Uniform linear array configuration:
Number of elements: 12
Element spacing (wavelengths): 0.5
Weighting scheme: kaiser
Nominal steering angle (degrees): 30
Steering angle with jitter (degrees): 31.004
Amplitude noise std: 0.05
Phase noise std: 0.05

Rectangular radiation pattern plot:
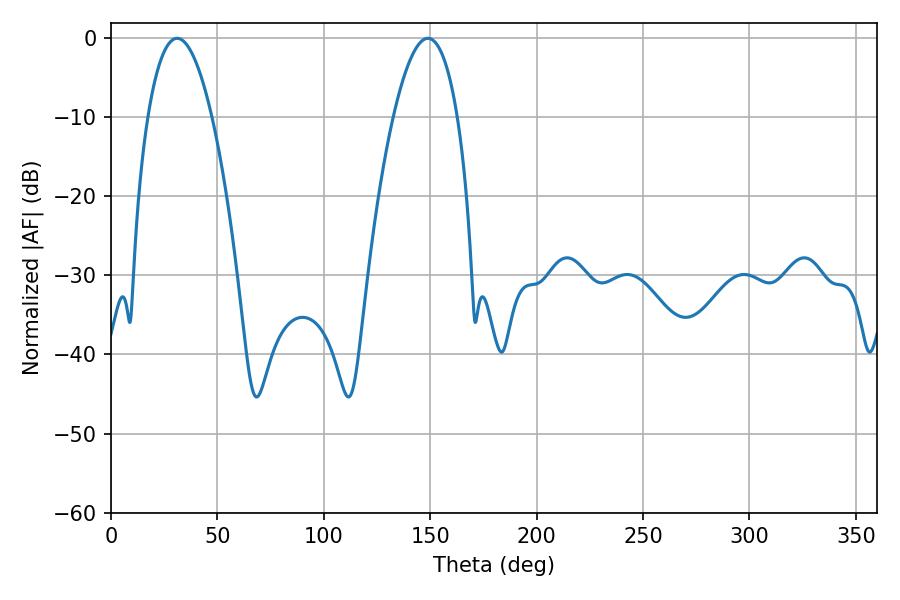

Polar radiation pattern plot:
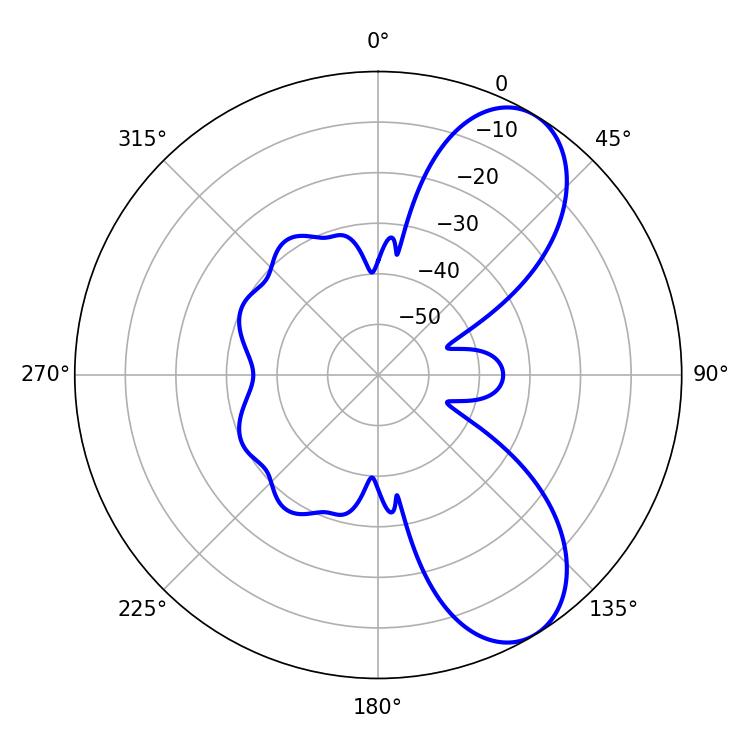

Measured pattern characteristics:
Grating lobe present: FALSE
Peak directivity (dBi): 7.911
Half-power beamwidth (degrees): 16.56
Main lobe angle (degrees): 31.14